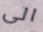
الى